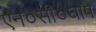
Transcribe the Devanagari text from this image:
एन०सी०घोष